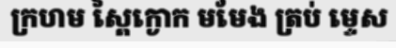
ក្រហម ស្ពៃក្ងោក មមែង ត្រប់ ម្ទេស